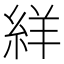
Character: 絴